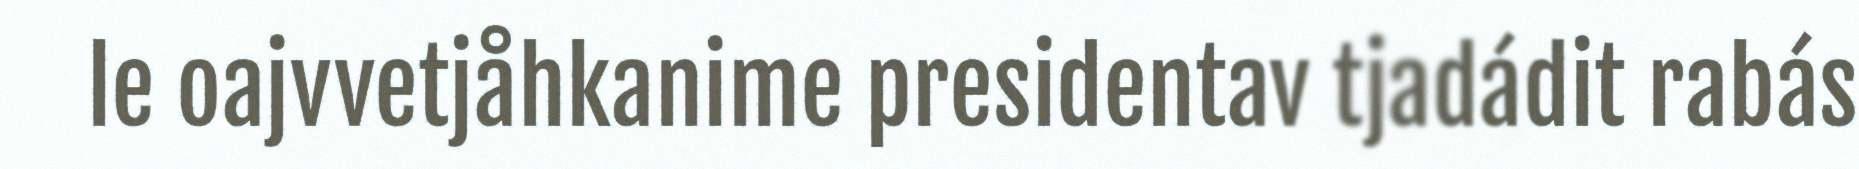
le oajvvetjåhkanime presidentav tjadádit rabás